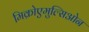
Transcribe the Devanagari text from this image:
मिक्रोएमुल्सिओन